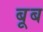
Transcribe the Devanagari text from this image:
बूब